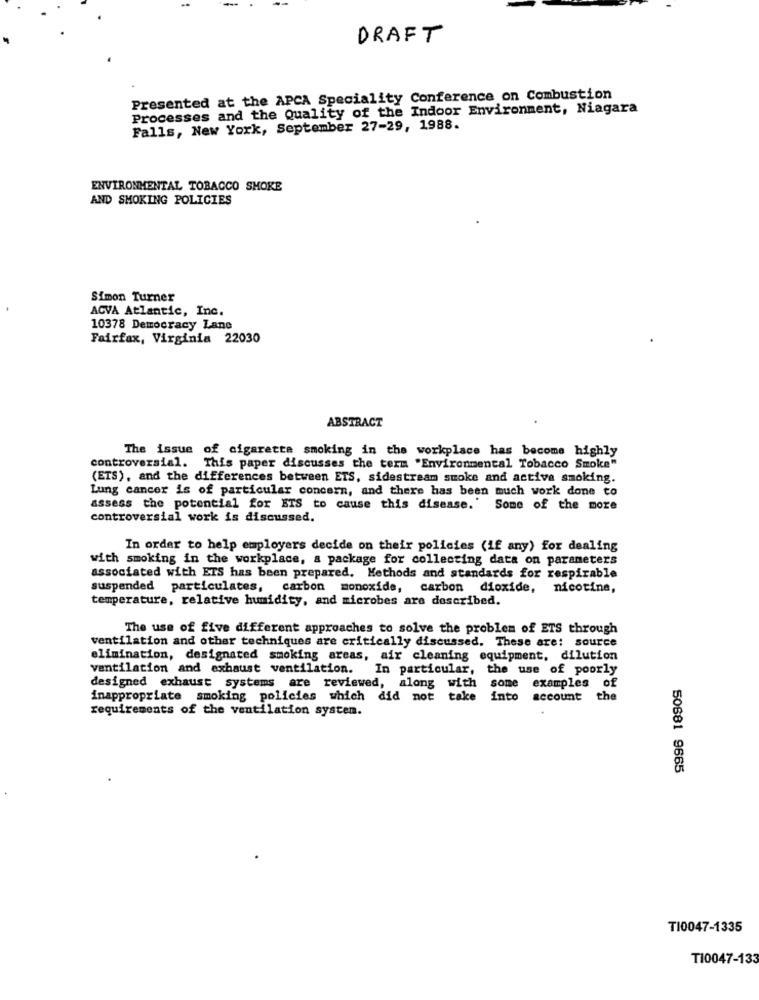
DRAFT
Presented at the APCA Speciality Conference on Combustion
Processes and the Quality of the Indoor Environment, Niagara
Falls, New York, September 27-29, 1988.
ENVIRONMENTAL TOBACCO SHOKE
AND SMOKING POLICIES
Simon Turner
ACVA Atlantic, Inc.
10378 Democracy Lane
Fairfax, Virginia 22030
ABSTRACT
The issue of cigarette smoking in the workplace has become highly
controversial. This paper discusses the term "Environmental Tobacco Smoke"
(ETS), and the differences between ETS, sidestream smoke and activa smoking.
Lung cancer is of particular concern, and there has been much work done to
assess the potential for ETS to cause this disease.'
Some of the more
controversial work is discussed.
In order to help employers decide on their policies (if any) for dealing
with smoking in the workplace, a package for collecting data on parameters
associated with ETS has been prepared. Methods and standards for respirable
suspended particulates, carbon monoxide, carbon dioxide, nicotine,
temperature, relative humidity, and microbes are described.
The use of five different approaches to solve the problem of ETS through
ventilation and other techniques are critically discussed. These are: source
elimination, designated smoking areas, air cleaning equipment, dilution
ventilation and exhaust ventilation. In particular, the use of poorly
designed exhaust systems are reviewed, along with some examples of
inappropriate smoking policies which did not take
into
account
the
requirements of the ventilation system.
50681 9665
TI0047-1335
TI0047-133